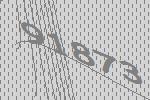
91873